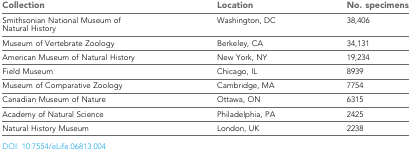
| Collection | Location | No. specimens |
 | --- | --- | --- |
 | Smithsonian National Museum of Natural History | Washington, DC | 38,406 |
 | Museum of Vertebrate Zoology | Berkeley, CA | 34,131 |
 | American Museum of Natural History | New York, NY | 19,234 |
 | Field Museum | Chicago, IL | 8939 |
 | Museum of Comparative Zoology | Cambridge, MA | 7754 |
 | Canadian Museum of Nature | Ottawa, ON | 6315 |
 | Academy of Natural Science | Philadelphia, PA | 2425 |
 | Natural History Museum | London, UK | 2238 |